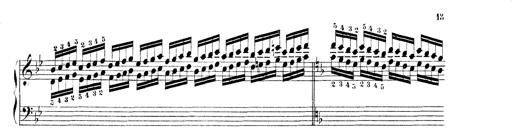
Title: Technische Studien
Composer: Franz Liszt